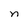
Character: n